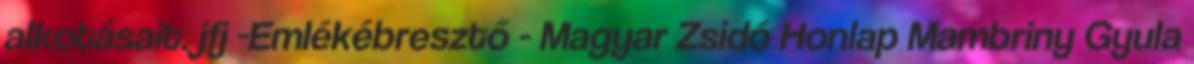
alkotásait. jfj -Emlékébresztő - Magyar Zsidó Honlap Mambriny Gyula